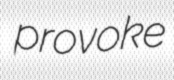
provoke